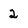
Character: 2